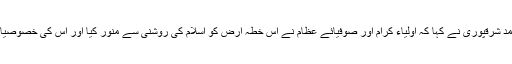
صاحبزادہ میاں ولید احمد شرقپوری نے کہا کہ اولیاء کرام اور صوفیائے عظام نے اس خطہ ارض کو اسلام کی روشنی سے منور کیا اور اس کی خصوصیات سے لوگوں کونوازا۔